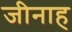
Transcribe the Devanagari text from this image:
जीनाह